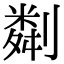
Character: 㔂